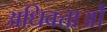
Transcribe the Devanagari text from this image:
अधिवत्ताओं